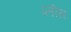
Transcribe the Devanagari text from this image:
प्लीस